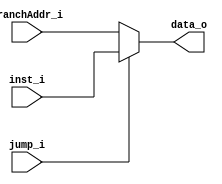
module mux2(
	branchAddr_i, 
	inst_i,	 	  
	jump_i,
	data_o   
);

input	[31:0]		branchAddr_i;
input	[31:0]		inst_i;
input				jump_i;
output reg [31:0]	data_o;

always@(branchAddr_i or inst_i or jump_i)begin
	if(jump_i==1'b1) begin
		data_o = inst_i;
	end
	else begin
		data_o = branchAddr_i;
	end
end

endmodule